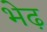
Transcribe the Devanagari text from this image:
भेढ़